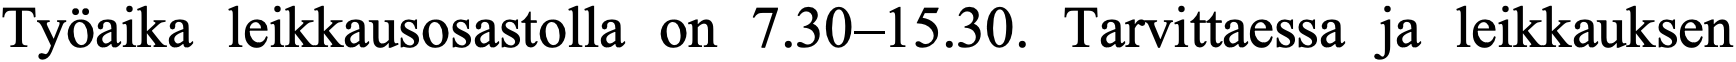
Työaika leikkausosastolla on 7.30–15.30. Tarvittaessa ja leikkauksen